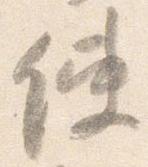
使